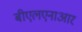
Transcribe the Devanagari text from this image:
बीएलएनाआर